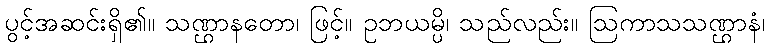
ပွင့်အဆင်းရှိ၏။ သဏ္ဌာနတော၊ ဖြင့်။ ဥဘယမ္ပိ၊ သည်လည်း။ ဩကာသသဏ္ဌာနံ၊